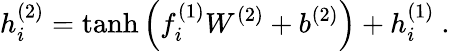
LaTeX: h_{i}^{(2)}=\operatorname{tanh}\left(f_{i}^{(1)}W^{(2)}+b^{(2)}\right)+h_{i}^{(1)}\ .